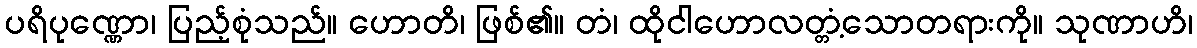
ပရိပုဏ္ဏော၊ ပြည့်စုံသည်။ ဟောတိ၊ ဖြစ်၏။ တံ၊ ထိုငါဟောလတ္တံ့သောတရားကို။ သုဏာဟိ၊